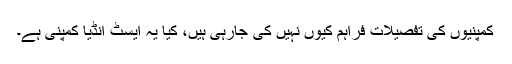
کمپنیوں کی تفصیلات فراہم کیوں نہیں کی جارہی ہیں، کیا یہ ایسٹ انڈیا کمپنی ہے۔